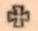
+